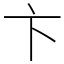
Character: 卞